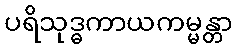
ပရိသုဒ္ဓကာယကမ္မန္တာ